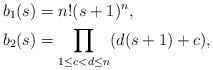
LaTeX: \begin{align*}b_1(s) &= n! (s+1)^n, \\b_2(s) &= \prod_{1 \leq c < d \leq n} (d(s+1) + c), \end{align*}